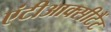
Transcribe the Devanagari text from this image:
एंटीआक्सीटैंट